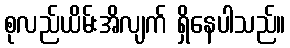
စုလည်ယိမ်းအိလျက် ရှိနေပါသည်။